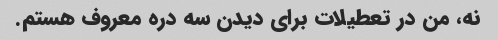
نه، من در تعطیلات برای دیدن سه دره معروف هستم.